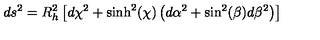
d s ^ { 2 } = R _ { h } ^ { 2 } \left[ d \chi ^ { 2 } + \sinh ^ { 2 } ( \chi ) \left( d \alpha ^ { 2 } + \sin ^ { 2 } ( \beta ) d \beta ^ { 2 } \right) \right]